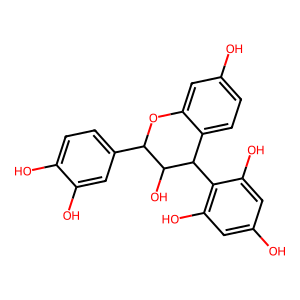
SMILES: Oc1cc(O)c(C2c3ccc(O)cc3OC(c3ccc(O)c(O)c3)C2O)c(O)c1
Inhibits HIV replication: No